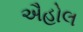
ઐહોલ